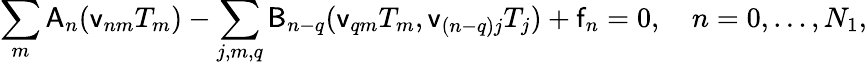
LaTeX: \sum_{m}\mathsf{A}_{n}(\mathsf{v}_{nm}T_{m})-\sum_{j,m,q}\mathsf{B}_{n-q}(\mathsf{v}_{qm}T_{m},\mathsf{v}_{(n-q)j}T_{j})+\mathsf{f}_{n}=0,\quad n=0,\ldots,N_{1},